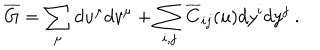
LaTeX: \overline { { G } } = \sum _ { \mu } d u ^ { \mu } d v ^ { \mu } + \sum _ { i , j } \overline { { C } } _ { i j } ( u ) d y ^ { i } d y ^ { j } ~ .